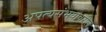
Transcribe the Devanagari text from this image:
अपत्यसंभवावरील